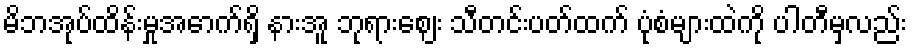
မိဘအုပ်ထိန်းမှုအောက်ရှိ နားအူ ဘုရားဈေး သီတင်းပတ်ထက် ပုံစံများထဲကို ပါတီမှလည်း